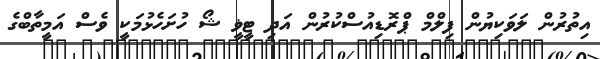
އިތުރުން ލަވަކިޔުން ފިލްމް ޕްރޮޑިއުސްކުރުން އަދި ޓީޥީ ޝޯ ހުށަހެޅުމަކީ ވެސް އަމީތާބްގެ